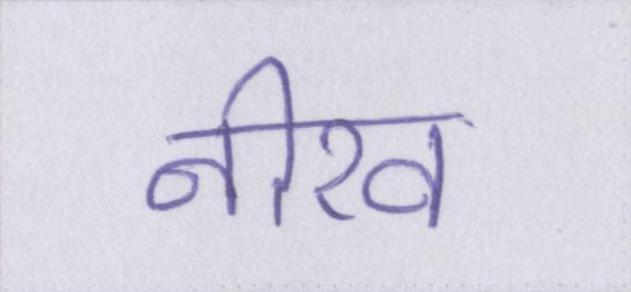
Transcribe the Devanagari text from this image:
नीरव